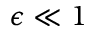
\epsilon \ll 1